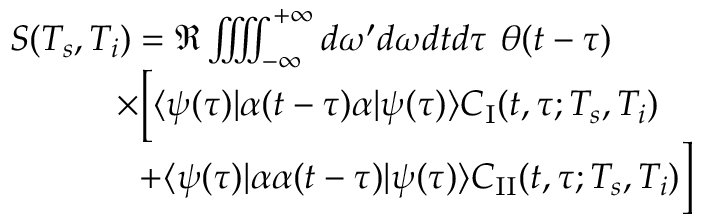
\begin{array} { r l } & { S ( T _ { s } , T _ { i } ) = \Re \iiiint _ { - \infty } ^ { + \infty } d \omega ^ { \prime } d \omega d t d \tau \ \theta ( t - \tau ) } \\ & { \qquad \quad \times \Big [ \langle \psi ( \tau ) | \alpha ( t - \tau ) \alpha | \psi ( \tau ) \rangle C _ { \mathrm { I } } ( t , \tau ; T _ { s } , T _ { i } ) } \\ & { \qquad \quad \ \ + \langle \psi ( \tau ) | \alpha \alpha ( t - \tau ) | \psi ( \tau ) \rangle C _ { \mathrm { I I } } ( t , \tau ; T _ { s } , T _ { i } ) \Big ] } \end{array}